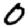
Digit: 0